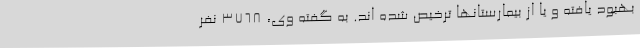
بهبود یافته و یا از بیمارستانها ترخیص شده اند. به گفته وی، 3768 نفر